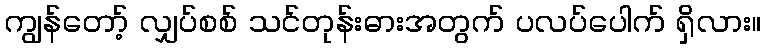
ကျွန်တော့် လျှပ်စစ် သင်တုန်းဓားအတွက် ပလပ်ပေါက် ရှိလား။